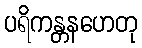
ပရိကန္တနဟေတု